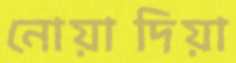
নোয়াদিয়া